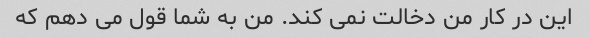
این در کار من دخالت نمی کند. من به شما قول می دهم که